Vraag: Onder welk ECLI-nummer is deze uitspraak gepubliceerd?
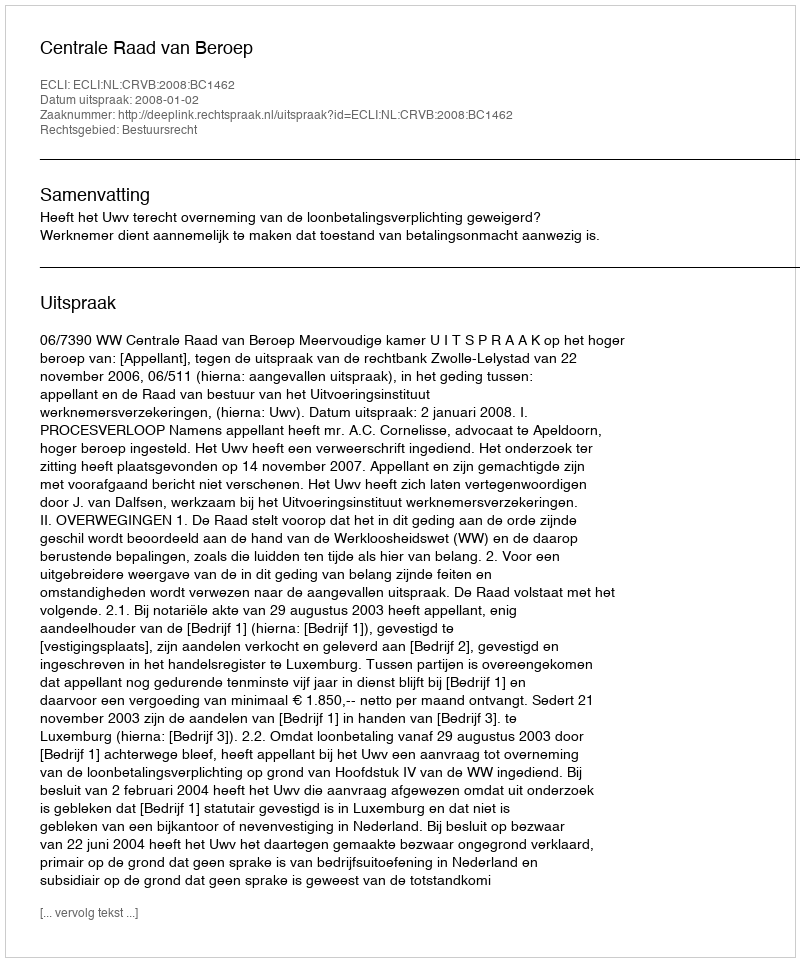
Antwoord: ECLI:NL:CRVB:2008:BC1462